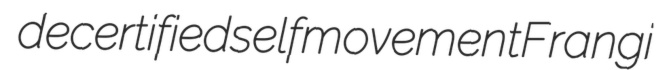
decertified selfmovement Frangi